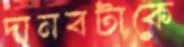
দানবটাকে